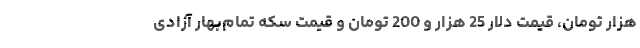
هزار تومان، قیمت دلار 25 هزار و 200 تومان و قیمت سکه تمام‌بهار آزادی